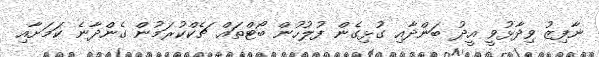
ނާފިޒު ވިދާޅުވީ އީދު ބަންދާއި ގުޅިގެން ފުލުހުން ބޯޓްތައް ޗެކްކުރަމުން ގެންދާނެ ކަމަށާއި